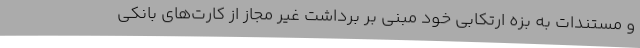
و مستندات به بزه ارتکابی خود مبنی بر برداشت غیر مجاز از کارت‌های بانکی